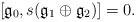
LaTeX: \begin{align*}[\mathfrak{g}_0,s(\mathfrak{g}_1\oplus \mathfrak{g}_2)]=0.\end{align*}